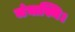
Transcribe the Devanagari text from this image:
जंघास्थि।